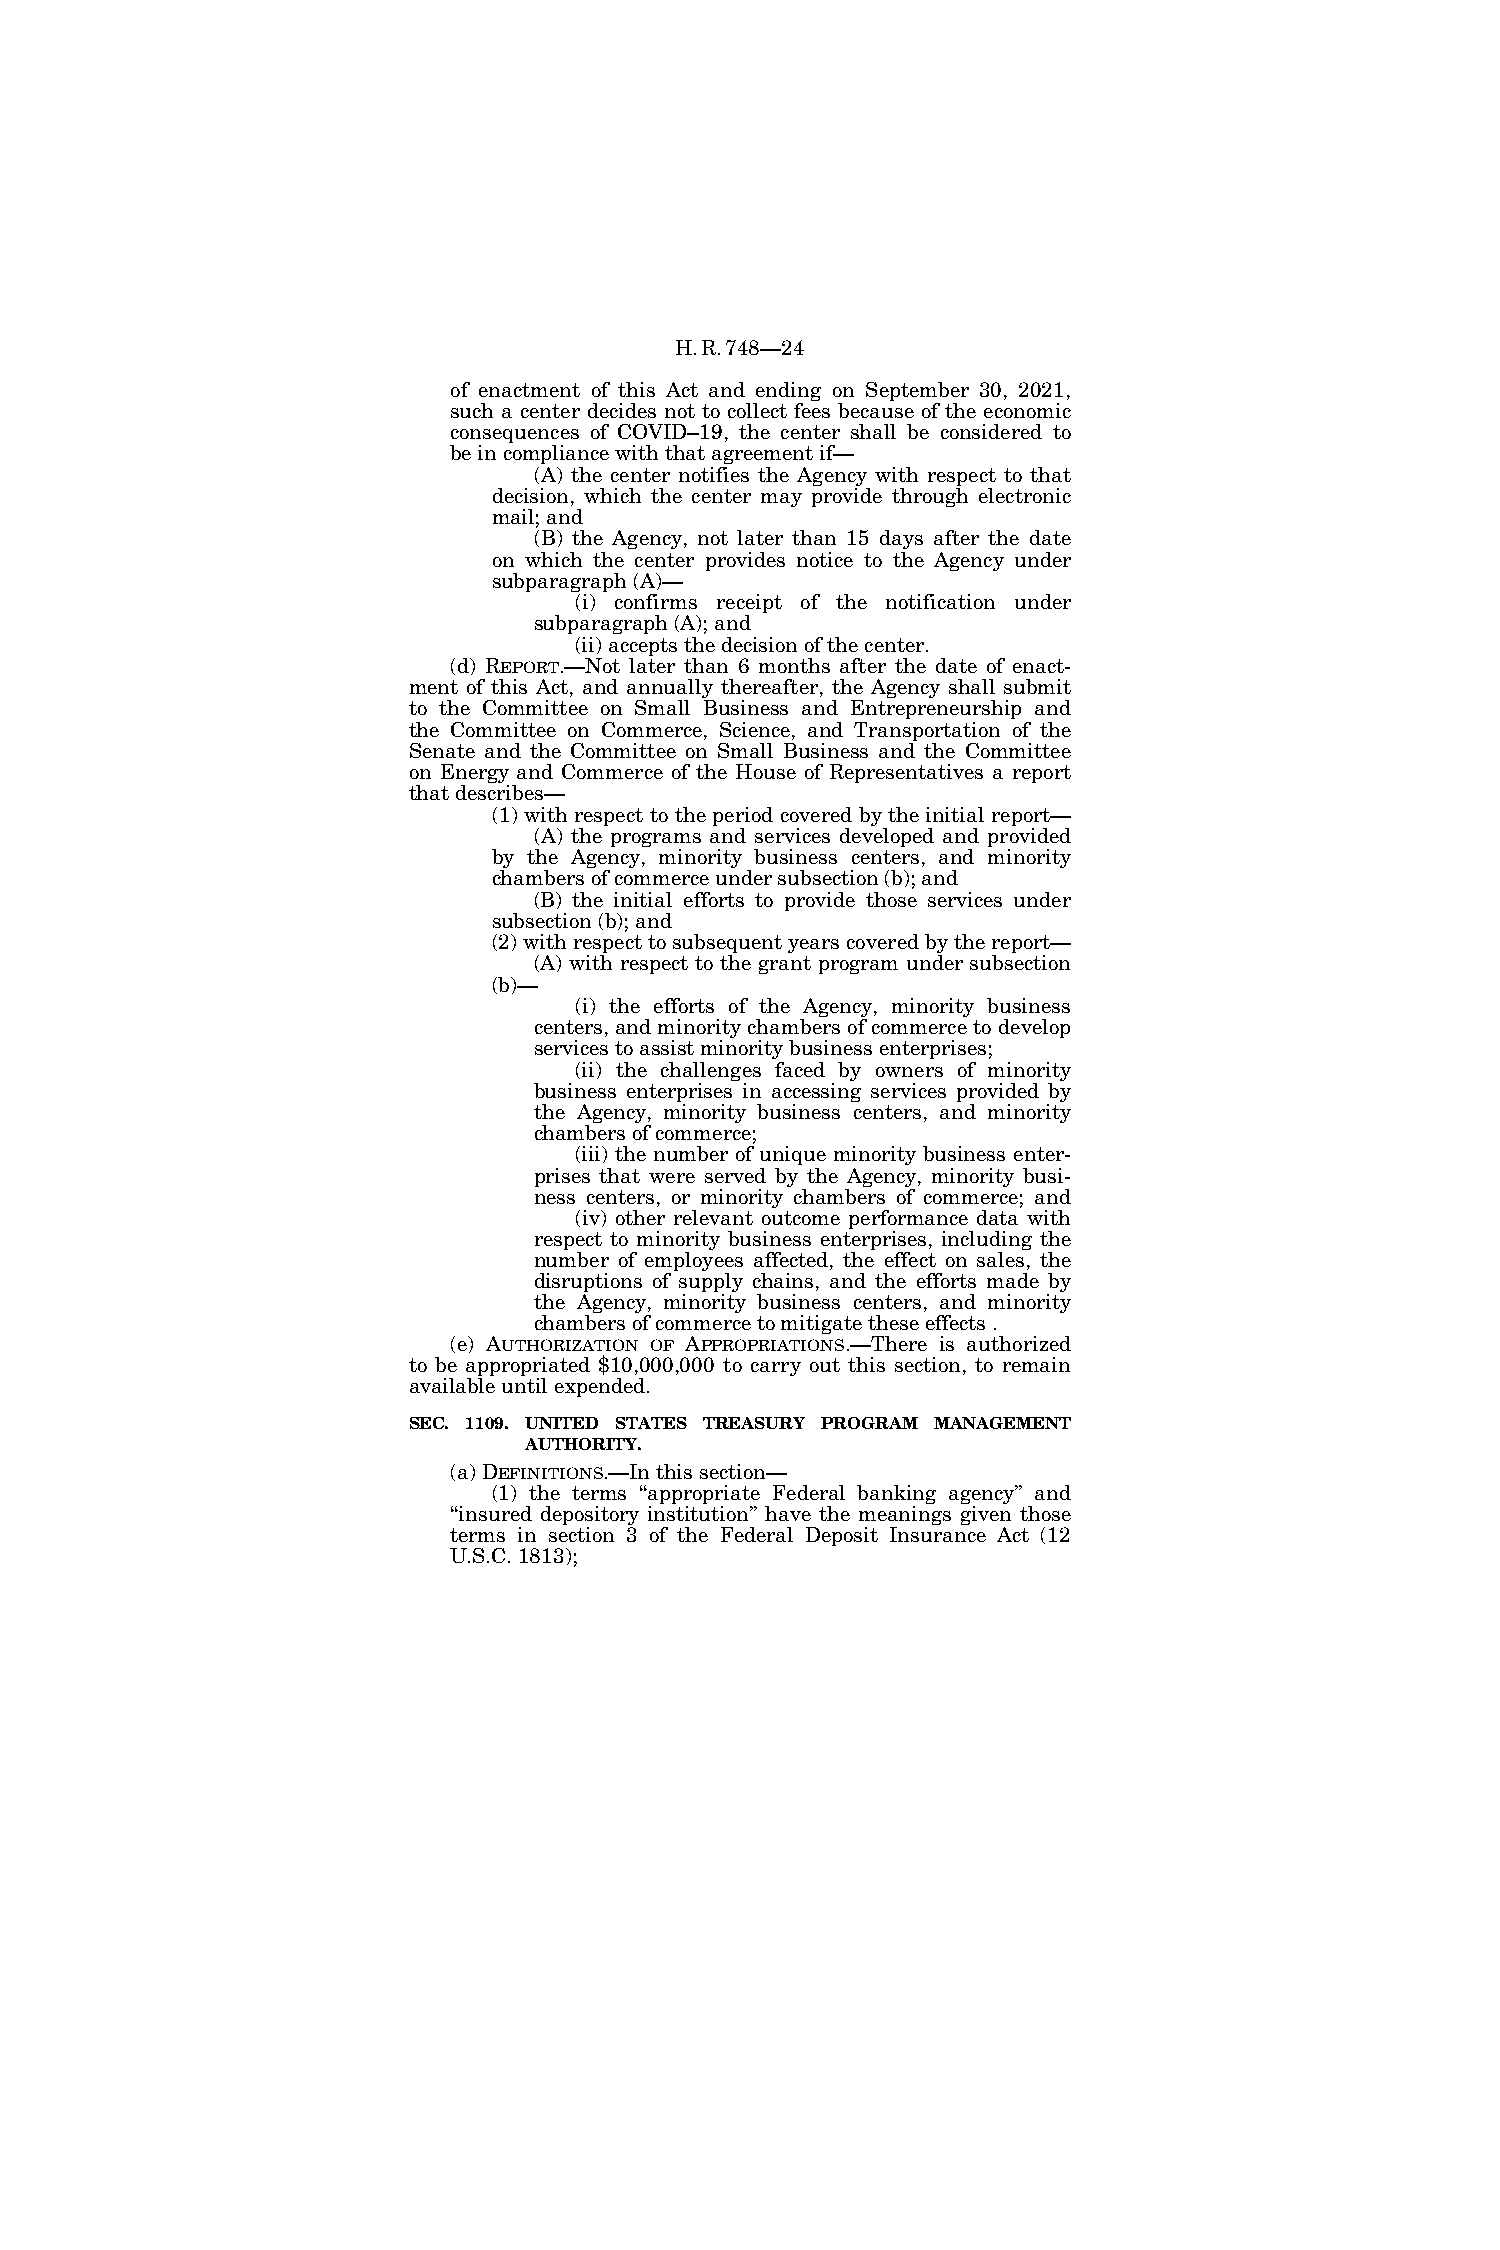
H.R.748—24
 of enactment of this Act and ending on September 30, 2021,
 such a center decides not to collect fees because of the economic
 consequences of COVID–19, the center shall be considered to
 be in compliance with that agreement if—
 (A) the center notifies the Agency with respect to that
 decision, which the center may provide through electronic
 mail; and
 (B) the Agency, not later than 15 days after the date
 on which the center provides notice to the Agency under
 subparagraph (A)—
 (i) confirms receipt of the notification under
 subparagraph (A); and
 (ii) accepts the decision of the center.
 (d) REPORT.—Not later than 6 months after the date of enact-
 ment of this Act, and annually thereafter, the Agency shall submit
 to the Committee on Small Business and Entrepreneurship and
 the Committee on Commerce, Science, and Transportation of the
 Senate and the Committee on Small Business and the Committee
 on Energy and Commerce of the House of Representatives a report
 that describes—
 (1) with respect to the period covered by the initial report—
 (A) the programs and services developed and provided
 by the Agency, minority business centers, and minority
 chambers of commerce under subsection (b); and
 (B) the initial efforts to provide those services under
 subsection (b); and
 (2) with respect to subsequent years covered by the report—
 (A) with respect to the grant program under subsection
 (b)—
 (i) the efforts of the Agency, minority business
 centers, and minority chambers of commerce to develop
 services to assist minority business enterprises;
 (ii) the challenges faced by owners of minority
 business enterprises in accessing services provided by
 the Agency, minority business centers, and minority
 chambers of commerce;
 (iii) the number of unique minority business enter-
 prises that were served by the Agency, minority busi-
 ness centers, or minority chambers of commerce; and
 (iv) other relevant outcome performance data with
 respect to minority business enterprises, including the
 number of employees affected, the effect on sales, the
 disruptions of supply chains, and the efforts made by
 the Agency, minority business centers, and minority
 chambers of commerce to mitigate these effects .
 (e) AUTHORIZATION OF APPROPRIATIONS.—There is authorized
 to be appropriated $10,000,000 to carry out this section, to remain
 available until expended.
 SEC. 1109. UNITED STATES TREASURY PROGRAM MANAGEMENT
 AUTHORITY.
 (a) DEFINITIONS.—In this section—
 (1) the terms ‘‘appropriate Federal banking agency’’ and
 ‘‘insured depository institution’’ have the meanings given those
 terms in section 3 of the Federal Deposit Insurance Act (12
 U.S.C. 1813);